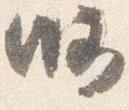
略